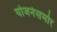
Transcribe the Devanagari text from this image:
योजनेसमोर